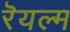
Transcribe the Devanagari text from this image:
रॆयल्म